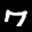
Label: 7